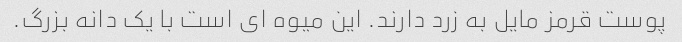
پوست قرمز مایل به زرد دارند. این میوه ای است با یک دانه بزرگ.